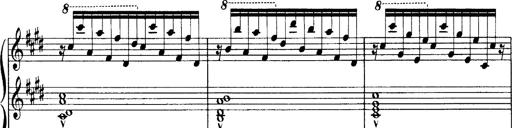
Title: OuvertÃ¼re zu TannhÃ¤user
Composer: Franz Liszt